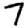
Digit: 7